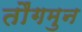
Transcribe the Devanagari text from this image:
तौंगमुन